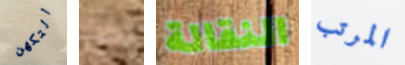
التكهن كل النقالة المرتب